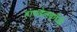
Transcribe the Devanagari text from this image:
हायडेलबर्गची